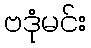
ဗဒုံမင်း